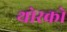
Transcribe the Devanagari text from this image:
थोरको